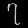
Digit: ၇